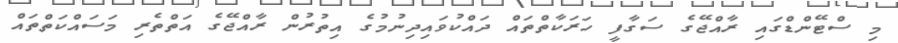
މި ސްޓޭންޑްގައި ރާއްޖޭގެ ސަގާފީ ހަރަކާތްތައް ދައްކުވައިދިނުމުގެ އިތުރުން ރާއްޖޭގެ އަތްތެރި މަސައްކަތްތައް